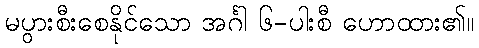
မပွားစီးစေနိုင်သော အင်္ဂါ ၆-ပါးစီ ဟောထား၏။